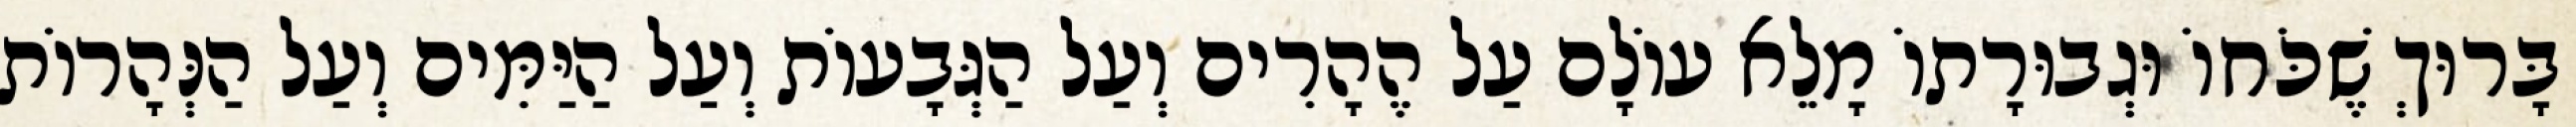
בָּרוּךְ שֶׁכֹּחוֹ וּגְבוּרָתוֹ מָלֵא עוֹלָם עַל הֶהָרִים וְעַל הַגְּבָעוֹת וְעַל הַיַּמִּים וְעַל הַנְּהָרוֹת